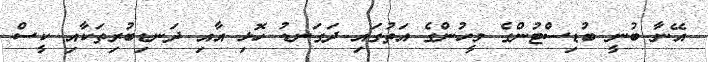
އޭނާ ބުނީ ބުޑިސްޓުންގެ މީހުންގެ އަތުގައި ދަގަނޑު ހޮޅި އާއި ދަނޑިބުރިތަކާއި ކީސް